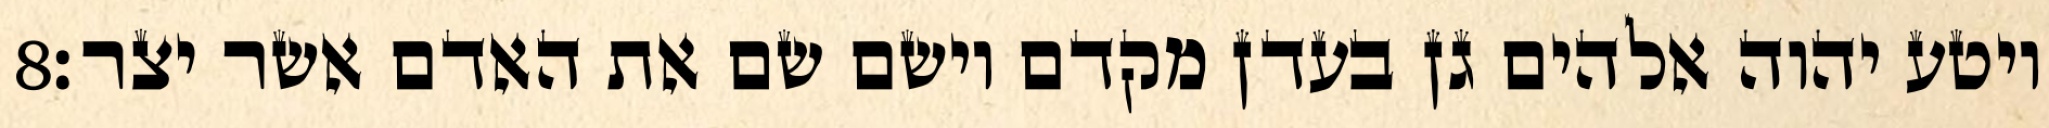
‎8‏ ויטע יהוה אלהים גן בעדן מקדם וישם שם את האדם אשר יצר׃